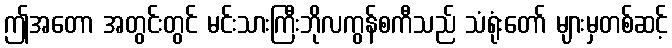
ဤအတော အတွင်းတွင် မင်းသားကြီးဘိုလကွန်စကီသည် သံရုံးတော် များမှတစ်ဆင့်